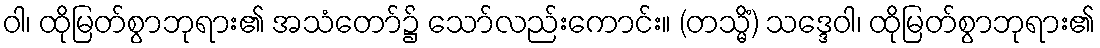
ဝါ၊ ထိုမြတ်စွာဘုရား၏ အသံတော်၌ သော်လည်းကောင်း။ (တသ္မိံ) သဒ္ဒေဝါ၊ ထိုမြတ်စွာဘုရား၏